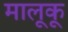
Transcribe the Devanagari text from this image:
मालूकू